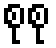
စုစု